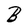
Character: B